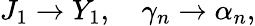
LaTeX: J_{1}\rightarrow Y_{1},\quad\gamma_{n}\rightarrow\alpha_{n},